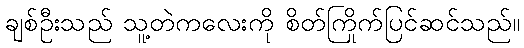
ချစ်ဦးသည် သူ့တဲကလေးကို စိတ်ကြိုက်ပြင်ဆင်သည်။